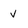
Character: v